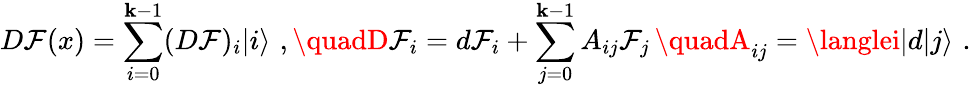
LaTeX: D\mathcal{F}(x)=\sum_{i=0}^{\mathbf{k}-1}(D\mathcal{F})_{i}|i\rangle\, \, ,\quadD\mathcal{F}_{i}=d\mathcal{F}_{i}+\sum_{j=0}^{\mathbf{k}-1}A_{ij}\mathcal{F}_{j}\, \quadA_{ij}=\langlei|d|j\rangle\, \, .